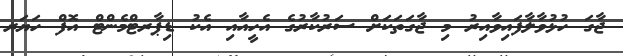
ޖާގަ ހުޅުވާލާފައިވާއިރު މި ޖާގަތަކަށް ސަރުކާރުގެ އެހީއާއި އެކު ޑިޕާރޓްމެންޓް އޮފް ހަޔަރ